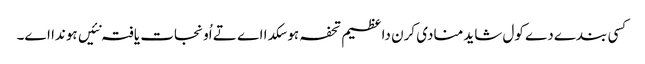
کسی بندے دے کول شاید منادی کرن دا عظیم تحفہ ہو سکدا اے تے اُو نجات یافتہ نئیں ہوندا اے۔